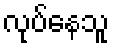
လုပ်နေသူ